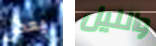
بعض والليل